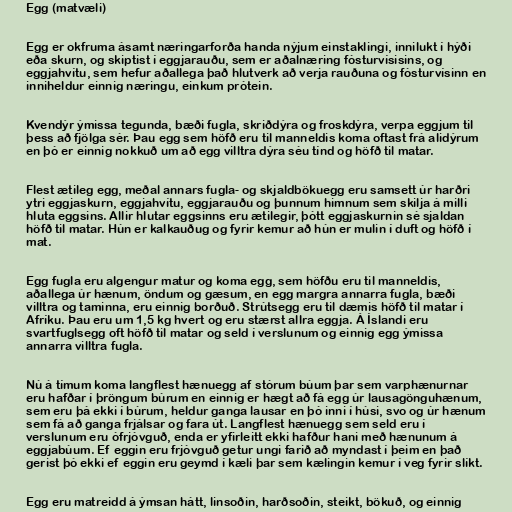
Egg (matvæli)

Egg er okfruma ásamt næringarforða handa nýjum einstaklingi, innilukt í hýði
eða skurn, og skiptist í eggjarauðu, sem er aðalnæring fósturvísisins, og
eggjahvítu, sem hefur aðallega það hlutverk að verja rauðuna og fósturvísinn en
inniheldur einnig næringu, einkum prótein.

Kvendýr ýmissa tegunda, bæði fugla, skriðdýra og froskdýra, verpa eggjum til
þess að fjölga sér. Þau egg sem höfð eru til manneldis koma oftast frá alidýrum
en þó er einnig nokkuð um að egg villtra dýra séu tínd og höfð til matar.

Flest ætileg egg, meðal annars fugla- og skjaldbökuegg eru samsett úr harðri
ytri eggjaskurn, eggjahvítu, eggjarauðu og þunnum himnum sem skilja á milli
hluta eggsins. Allir hlutar eggsinns eru ætilegir, þótt eggjaskurnin sé sjaldan
höfð til matar. Hún er kalkauðug og fyrir kemur að hún er mulin í duft og höfð í
mat.

Egg fugla eru algengur matur og koma egg, sem höfðu eru til manneldis,
aðallega úr hænum, öndum og gæsum, en egg margra annarra fugla, bæði
villtra og taminna, eru einnig borðuð. Strútsegg eru til dæmis höfð til matar í
Afríku. Þau eru um 1,5 kg hvert og eru stærst allra eggja. Á Íslandi eru
svartfuglsegg oft höfð til matar og seld í verslunum og einnig egg ýmissa
annarra villtra fugla.

Nú á tímum koma langflest hænuegg af stórum búum þar sem varphænurnar
eru hafðar í þröngum búrum en einnig er hægt að fá egg úr lausagönguhænum,
sem eru þá ekki í búrum, heldur ganga lausar en þó inni í húsi, svo og úr hænum
sem fá að ganga frjálsar og fara út. Langflest hænuegg sem seld eru í
verslunum eru ófrjóvguð, enda er yfirleitt ekki hafður hani með hænunum á
eggjabúum. Ef eggin eru frjóvguð getur ungi farið að myndast í þeim en það
gerist þó ekki ef eggin eru geymd í kæli þar sem kælingin kemur í veg fyrir slíkt.

Egg eru matreidd á ýmsan hátt, linsoðin, harðsoðin, steikt, bökuð, og einnig